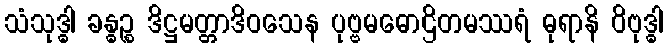
သံသုဒ္ဓါ ခန္ဓဉ္စ ဒိဋ္ဌမတ္တာဒိဝသေန ပုဗ္ဗမဓောဌိတမဿရံ ဓုရာနိ ဝိဗုဒ္ဓါ